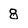
Character: 8